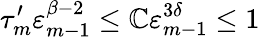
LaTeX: \tau_{m}^{\prime}\varepsilon_{m-1}^{\beta-2}\leq\mathbb{C}\varepsilon_{m-1}^{3\delta}\leq1